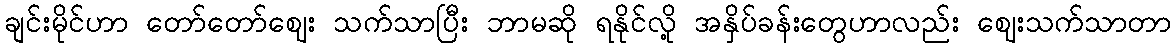
ချင်းမိုင်ဟာ တော်တော်ဈေး သက်သာပြီး ဘာမဆို ရနိုင်လို့ အနှိပ်ခန်းတွေဟာလည်း ဈေးသက်သာတာ